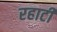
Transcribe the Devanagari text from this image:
रहाटी